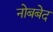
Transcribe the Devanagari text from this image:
नोबबेद